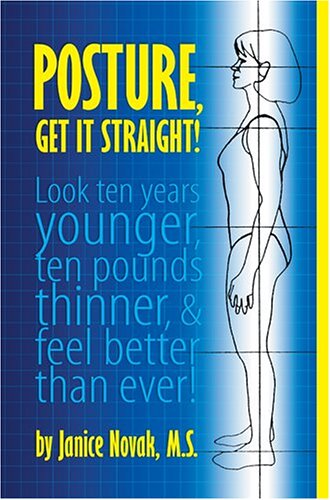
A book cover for Posture, Get It Straight!  Look Ten Years Younger, Ten Pounds Thinner and Feel Better Than Ever; Janice Novak; Health, Fitness & Dieting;